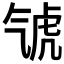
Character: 𣱤